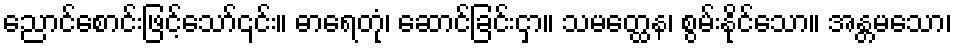
ညောင်စောင်းဖြင့်သော်၎င်း။ ဓာရေတုံ၊ ဆောင်ခြင်းငှာ။ သမတ္ထေန၊ စွမ်းနိုင်သော။ အန္တမသော၊